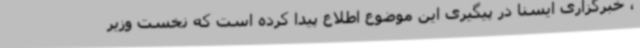
، خبرگزاری ایسنا در پیگیری این موضوع اطلاع پیدا کرده است که نخست وزیر